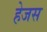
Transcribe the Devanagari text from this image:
हेजस